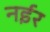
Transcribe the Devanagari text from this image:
नईर